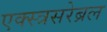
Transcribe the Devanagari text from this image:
एक्स्त्रसरेब्रल